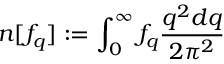
n [ f _ { q } ] : = \int _ { 0 } ^ { \infty } f _ { q } \frac { q ^ { 2 } d q } { 2 \pi ^ { 2 } }